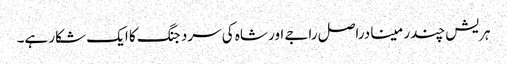
ہریش چندر مینا دراصل راجے اور شاہ کی سرد جنگ کا ایک شکار ہے۔